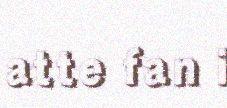
atte fan i